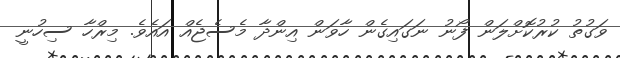
ވަގުތު ކުރުކޮށްލަން ފޯނު ނަގައިގެން ހާވަން އިންދާ މެސެޖެއް އައެވެ. މިރްހާ ސިހުނީ